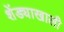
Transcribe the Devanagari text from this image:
शेंड्याखाली